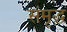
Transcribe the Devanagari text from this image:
संमृद्ध